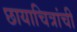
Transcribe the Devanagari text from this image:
छायाचित्रांची